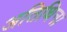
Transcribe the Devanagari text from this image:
अतिथिना